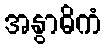
အနွာဓိကံ